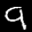
Digit: 9